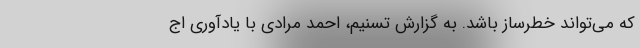
که می‌تواند خطرساز باشد. به گزارش تسنیم، احمد مرادی با یادآوری اج